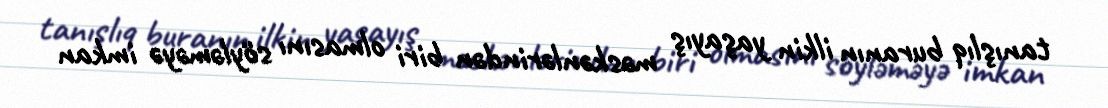
tanışlıq buranın ilkin yaşayış məskənlərindən biri olmasını söyləməyə imkan